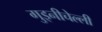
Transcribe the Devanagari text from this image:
गुइनीचेल्ली